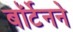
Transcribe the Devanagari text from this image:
बॉर्टेनने